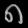
Digit: ၈